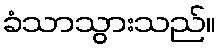
ခံသာသွားသည်။